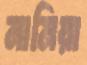
নামিয়া